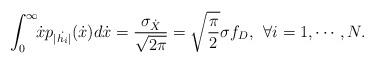
LaTeX: \begin{align*} \int_0^{\infty}\!\!\dot{x}p_{|\dot{h_i}|}(\dot{x})d\dot{x}=\frac{\sigma_{\dot{X}}}{\sqrt{2\pi}}=\sqrt{\frac{\pi}{2}}\sigma f_D, \:\: \forall i=1,\cdots,N.\end{align*}